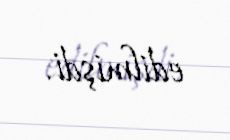
edilmişdi.